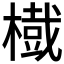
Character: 𱤐